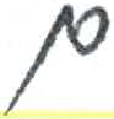
אות: ם